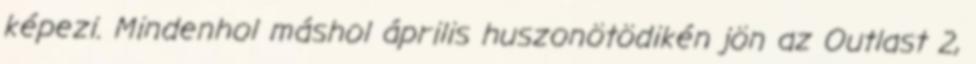
képezi. Mindenhol máshol április huszonötödikén jön az Outlast 2,